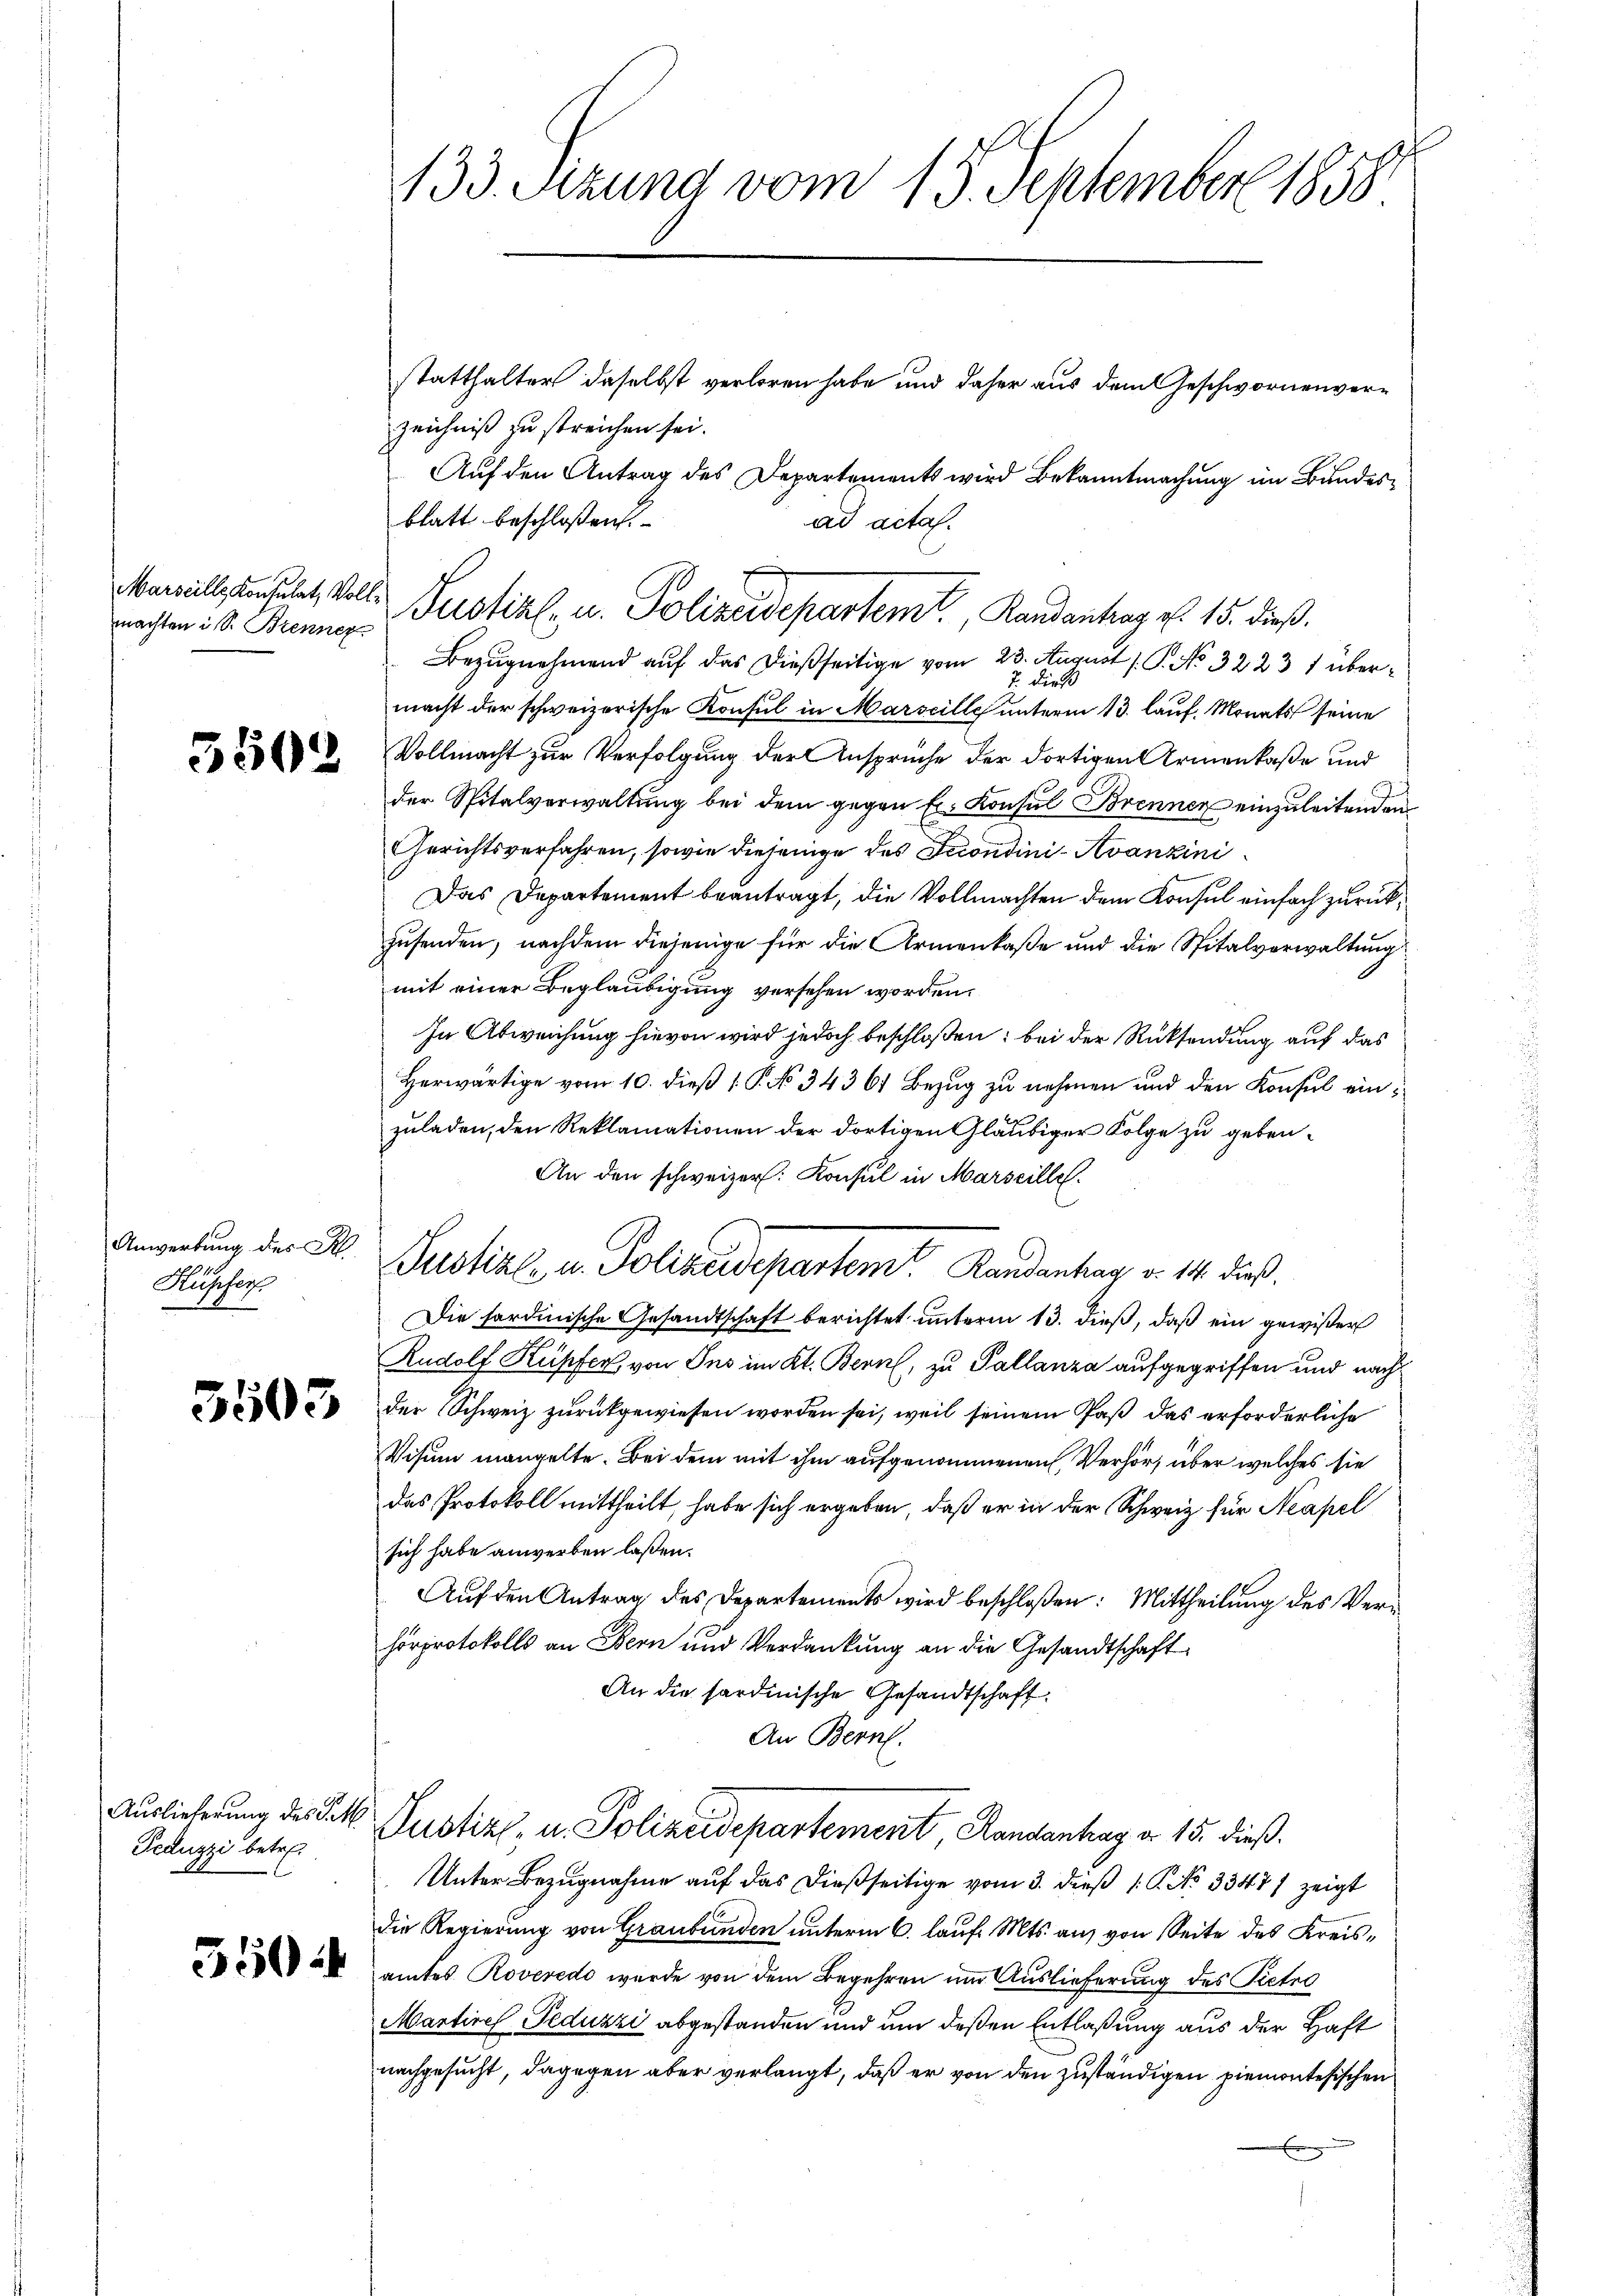
machten ist. Brenner

5502

Hupfers.

5503

Peduzzi betre

550

statthalter daselbst verloren habe und daher aus dem Geschwornenverzeichniß zu streichen sei.
Auf den Antrag des Departements wird Bekanntmachung im Bundes¬
Bezugnehmend auf das dießseitige vom 23. August ( P. No 3223 1 über¬
7. Dire
macht der schweizerische Konsul in Marseille unterm 13. lauf. Monats seine
Vollmacht zur Verfolgung der Ansprüche der dortigen Armenkaße und
der Spitalverwaltung bei dem gegen Er- Konsul Brennen einzuleitenden
Gerichtsverfahren, sowie diejenige des Secondini- Avanzini¬
Das Departement beantragt, die Vollmachten dem Konsul einfach zurückzusenden, nachdem diejenige für die Armenkaße und die Spitalverwaltung
mit einer Beglaubigung versehen worden.
In Abweichung hievon wird jedoch beschloßen: bei der Rücksendung auf das
Herwärtige vom 10. dieß P. No. 34361 Bezug zu nehmen und den Konsul einzuladen, den Reklamationen der dortigen Gläubiger Folge zu geben¬
An den schweizer. Konsul in Marseille.
Die fordinische Gesandtschaft berichtet unterm 13. dieß, daß ein gewißer
Rudolf Kupfer, von Ins im Kt. Bern, zu Pallanza aufgegriffen und nachder Schweiz zurückgewiesen worden sei, weil seinem Paß das erforderliche
Visum mangelte. Bei dem mit ihm aufgenommenen Verhör, über welches sie
das Protokoll mittheilt, habe sich ergeben, daß er in der Schweiz für Neapel
sich habe anwerben laßen.
Auf den Antrag des Departements wird beschloßen: Mittheilung des Verhorprotokolls an Bern und Verdankung an die Gesandtschaft
An die sardinische Gesandtschaft.
An Bern.
Auslicherung des Rath Justiz- u. Polizeidepartement, Randanhay d. 15. dieß.
Unter Bezugnahme auf das dießseitige vom 3. dieß P. No 3347) zeigt
die Regierung von Graubünden unterm 6. lauf. Mts. aus von Seite des Kreisamtes Roveredo wurde von dem Begehren um Auslieferung des Tiefer
Martires Peduzzi abgestanden und um deßen Entlaßung aus der Haft
nachgesucht, dagegen aber verlangt, daß er von den zuständigen Piemontesischen

133. Sizung vom 15. September 1858.

blatt beschloßen
ad acta.
Marillstersuchet, Volle Justiz- u. Polizeidepartemt, Randantrag v. 15. dieß.

Angebung der W. Justiz- u. Polizeidepartem Randenhag v. 111. dieß.